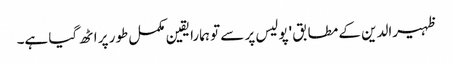
ظہیرالدین کے مطابق 'پولیس پر سے تو ہمارا یقین مکمل طور پر اٹھ گیا ہے۔